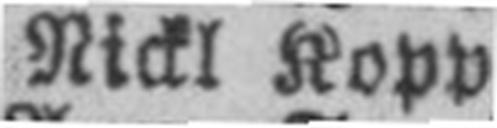
Nickl Kopp